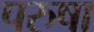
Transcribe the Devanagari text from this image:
परुषा